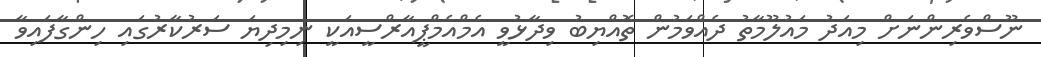
ނޫސްވެރިންނަށް މިއަދު މައުލޫމާތު ދެއްވަމުން ތޮއްޔިބު ވިދާޅުވީ އެމްއެމްޕީއާރްސީއަކީ ނިމިދިޔަ ސަރުކާރުގައި ހިންގާފައިވާ